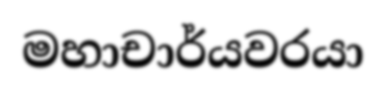
මහාචාර්යවරයා